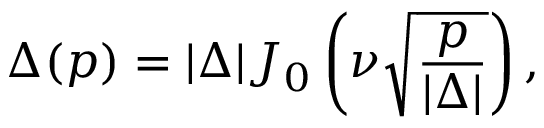
\Delta ( p ) = | \Delta | J _ { 0 } \left( \nu \sqrt { \frac { p } { | \Delta | } } \right) ,